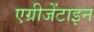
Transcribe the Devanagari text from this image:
एग्रीजेंटाइन